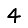
Digit: 4